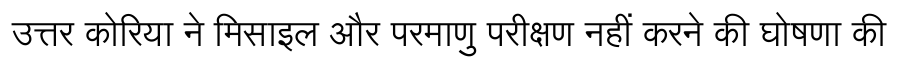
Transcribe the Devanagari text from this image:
उत्तर कोरिया ने मिसाइल और परमाणु परीक्षण नहीं करने की घोषणा की